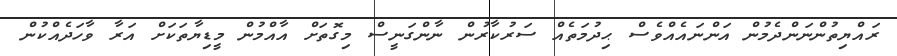
ރައްޔިތުންނަންދެމުން އަންނައެއްވެސް ޙިދުމަތެއް ސަރުކާރުން ނާންގަނީސް މިގޮތަށް އާއްމުން މީޑިޔާތަކަށް އަރާ ވާހަދެއްކުން